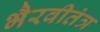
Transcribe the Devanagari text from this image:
भैरवीतंत्र